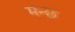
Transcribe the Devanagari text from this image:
मन्छ